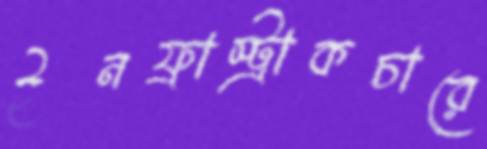
ইনফ্রাস্ট্রাকচারে